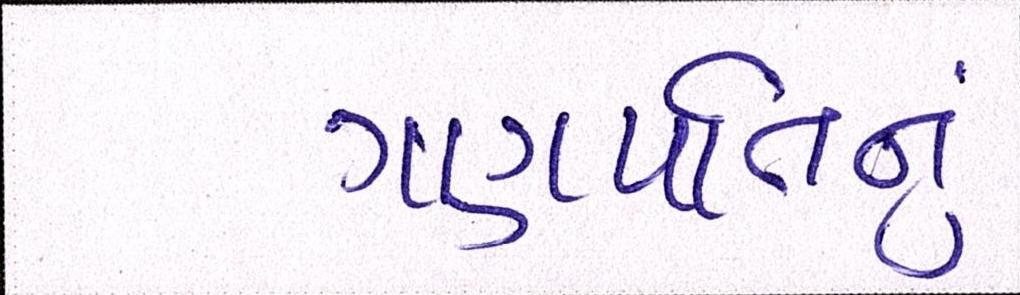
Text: ગણપતિનું